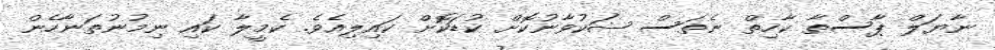
ނާޔަލް ޕާސްތާ ކާހިތް ނެތަސް ޝަކުވާނުކޮށް ކުޑަކޮށް ކައިލިއެވެ. ކެމީލާ ކައި ނިމުނުތަނާހެން